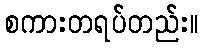
စကားတရပ်တည်း။